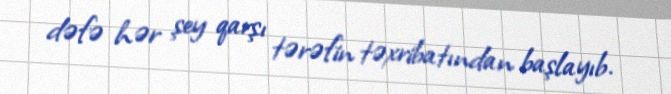
dəfə hər şey qarşı tərəfin təxribatından başlayıb.